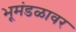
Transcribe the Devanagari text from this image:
भूमंडळावर